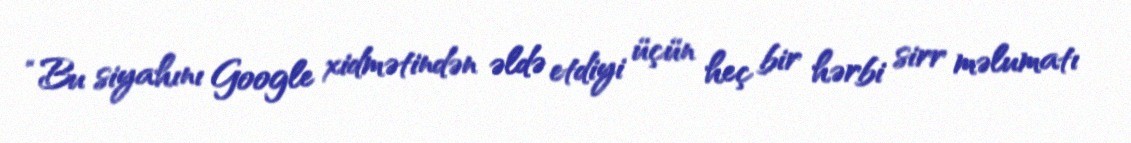
“Bu siyahını Google xidmətindən əldə etdiyi üçün heç bir hərbi sirr məlumatı